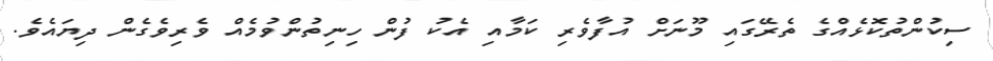
ސިކުންތުކޮޅެއްގެ ތެރޭގައި މޫނަށް އުފާވެރި ކަމާއި އެކު ފުން ހިނިތުންވުމެއް ވެރިވެގެން ދިޔައެވެ.